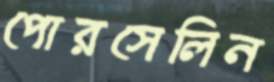
পোরসেলিন